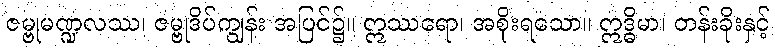
ဇမ္ဗုမဏ္ဍလဿ၊ ဇမ္ဗုဒိပ်ကျွန်း အပြင်၌။ ဣဿရော၊ အစိုးရသော။ ဣဒ္ဓိမာ၊ တန်းခိုးနှင့်